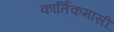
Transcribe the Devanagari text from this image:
कार्तिकमासीं